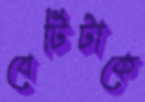
বেটিটাকে